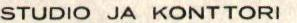
STUDIO JA KONTTORI